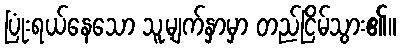
ပြုံးရယ်နေသော သူ့မျက်နှာမှာ တည်ငြိမ်သွား၏။